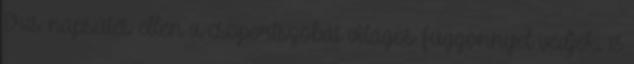
Erıs napsütés ellen a csoportszobát világos függönnyel védjék. 13